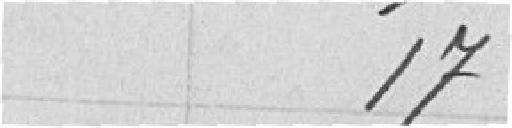
17